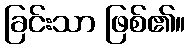
ခြင်းသာ ဖြစ်၏။